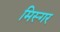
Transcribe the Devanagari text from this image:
मिस्गर